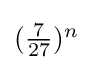
\textstyle {({\frac {7}{27}})^{n}}